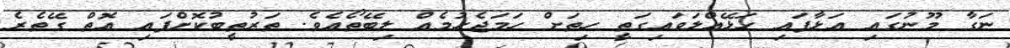
ނަގާ މޫނުގައި އަޅާފައި ހަޅޭއްލަވައިގަތީ ހިތަށް ހަމަޖެހުމެއް ލިބޭތޯއެވެ. ތަރުތީބުކޮށްފައި އޮތް ގޭތެރެ